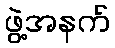
ဖွဲ့အနက်